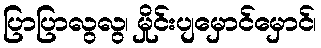
ပြာပြာလွလွ၊ မှိုင်းပျမှောင်မှောင်၊